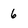
Character: 6